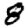
Digit: 8